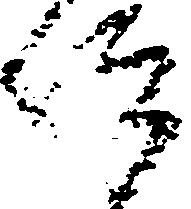
仰